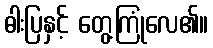
ဓါးပြနှင့် တွေ့ကြုံလေ၏။